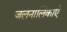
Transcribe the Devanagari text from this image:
जलनालिकाएं